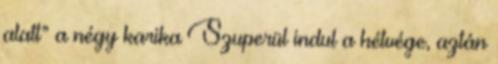
alatt” a négy karika Szuperül indul a hétvége, aztán